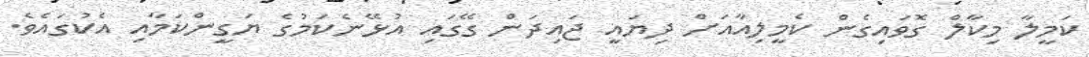
ކަމީލާ މިކާލް ގޮވައިގެން ކެމީލިއާއަށް ދިޔައީ ޖައިދަން ގޭގައި އުޅޭނެކަމުގެ ޔަގީންކަމާއި އެކުގައެވެ.